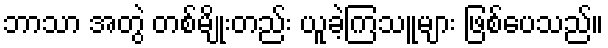
ဘာသာ အတွဲ တစ်မျိုးတည်း ယူခဲ့ကြသူများ ဖြစ်ပေသည်။